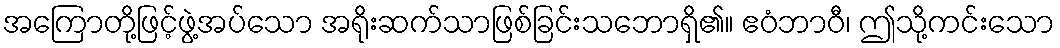
အကြောတို့ဖြင့်ဖွဲ့အပ်သော အရိုးဆက်သာဖြစ်ခြင်းသဘောရှိ၏။ ဧဝံဘာဝီ၊ ဤသို့ကင်းသော